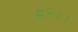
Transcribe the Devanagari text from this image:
८२।।